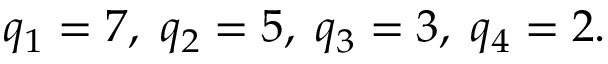
q _ { 1 } = 7 , \; q _ { 2 } = 5 , \; q _ { 3 } = 3 , \; q _ { 4 } = 2 .